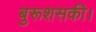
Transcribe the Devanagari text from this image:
बुरूशसकी।